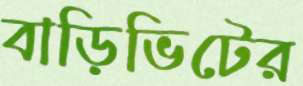
বাড়িভিটের